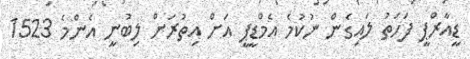
ޑީއާރްޕީ ފަހަތު ލައިގެން ނުކުމެ އެމްޑީޕީ އަށް އިތުރަށް ލިބުނީ އެންމެ 1523